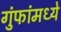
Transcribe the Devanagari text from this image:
गुंफांमध्ये